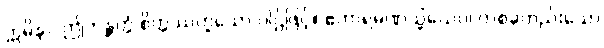
ဣမိနာ၊ ဤဘန္တတ္တံ စိတ္တဿဟူသော ပါဌ်ဖြင့်။ ဧကာရမဏသ္မိံယေဝ၊ တစ်ခုတည်းသော